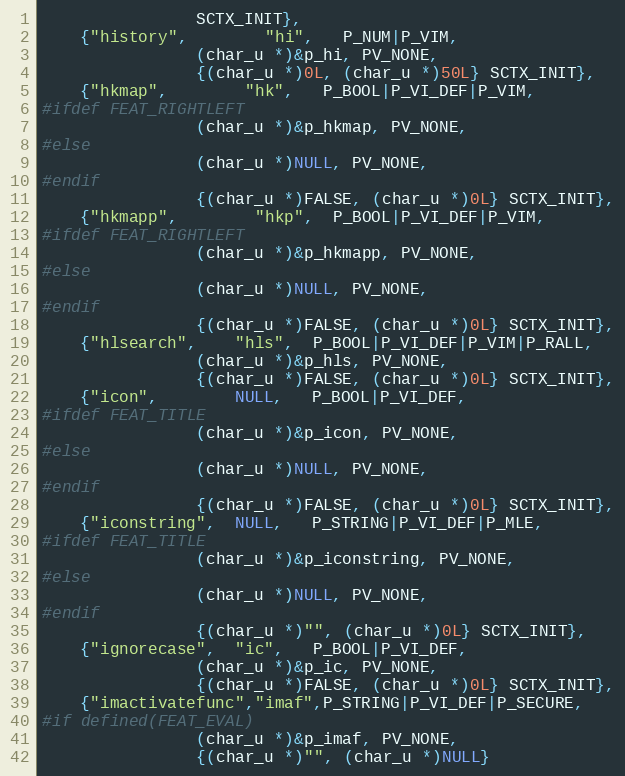
Language: C
			    SCTX_INIT},
    {"history",	    "hi",   P_NUM|P_VIM,
			    (char_u *)&p_hi, PV_NONE,
			    {(char_u *)0L, (char_u *)50L} SCTX_INIT},
    {"hkmap",	    "hk",   P_BOOL|P_VI_DEF|P_VIM,
#ifdef FEAT_RIGHTLEFT
			    (char_u *)&p_hkmap, PV_NONE,
#else
			    (char_u *)NULL, PV_NONE,
#endif
			    {(char_u *)FALSE, (char_u *)0L} SCTX_INIT},
    {"hkmapp",	    "hkp",  P_BOOL|P_VI_DEF|P_VIM,
#ifdef FEAT_RIGHTLEFT
			    (char_u *)&p_hkmapp, PV_NONE,
#else
			    (char_u *)NULL, PV_NONE,
#endif
			    {(char_u *)FALSE, (char_u *)0L} SCTX_INIT},
    {"hlsearch",    "hls",  P_BOOL|P_VI_DEF|P_VIM|P_RALL,
			    (char_u *)&p_hls, PV_NONE,
			    {(char_u *)FALSE, (char_u *)0L} SCTX_INIT},
    {"icon",	    NULL,   P_BOOL|P_VI_DEF,
#ifdef FEAT_TITLE
			    (char_u *)&p_icon, PV_NONE,
#else
			    (char_u *)NULL, PV_NONE,
#endif
			    {(char_u *)FALSE, (char_u *)0L} SCTX_INIT},
    {"iconstring",  NULL,   P_STRING|P_VI_DEF|P_MLE,
#ifdef FEAT_TITLE
			    (char_u *)&p_iconstring, PV_NONE,
#else
			    (char_u *)NULL, PV_NONE,
#endif
			    {(char_u *)"", (char_u *)0L} SCTX_INIT},
    {"ignorecase",  "ic",   P_BOOL|P_VI_DEF,
			    (char_u *)&p_ic, PV_NONE,
			    {(char_u *)FALSE, (char_u *)0L} SCTX_INIT},
    {"imactivatefunc","imaf",P_STRING|P_VI_DEF|P_SECURE,
#if defined(FEAT_EVAL)
			    (char_u *)&p_imaf, PV_NONE,
			    {(char_u *)"", (char_u *)NULL}